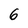
Character: 6